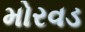
મોરવડ